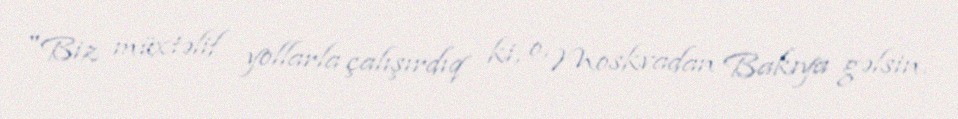
"Biz müxtəlif yollarla çalışırdıq ki, o, Moskvadan Bakıya gəlsin.